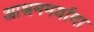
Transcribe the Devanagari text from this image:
आश्रममर्यादा